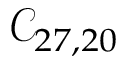
\mathcal { C } _ { 2 7 , 2 0 }